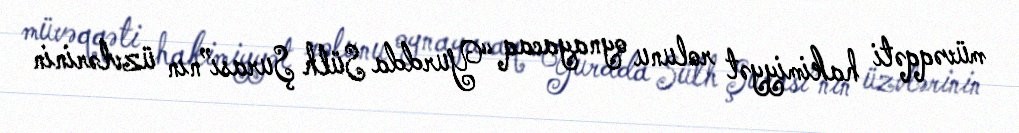
müvəqqəti hakimiyyət rolunu oynayacaq “Yurdda Sülh Şurası”nın üzvlərinin